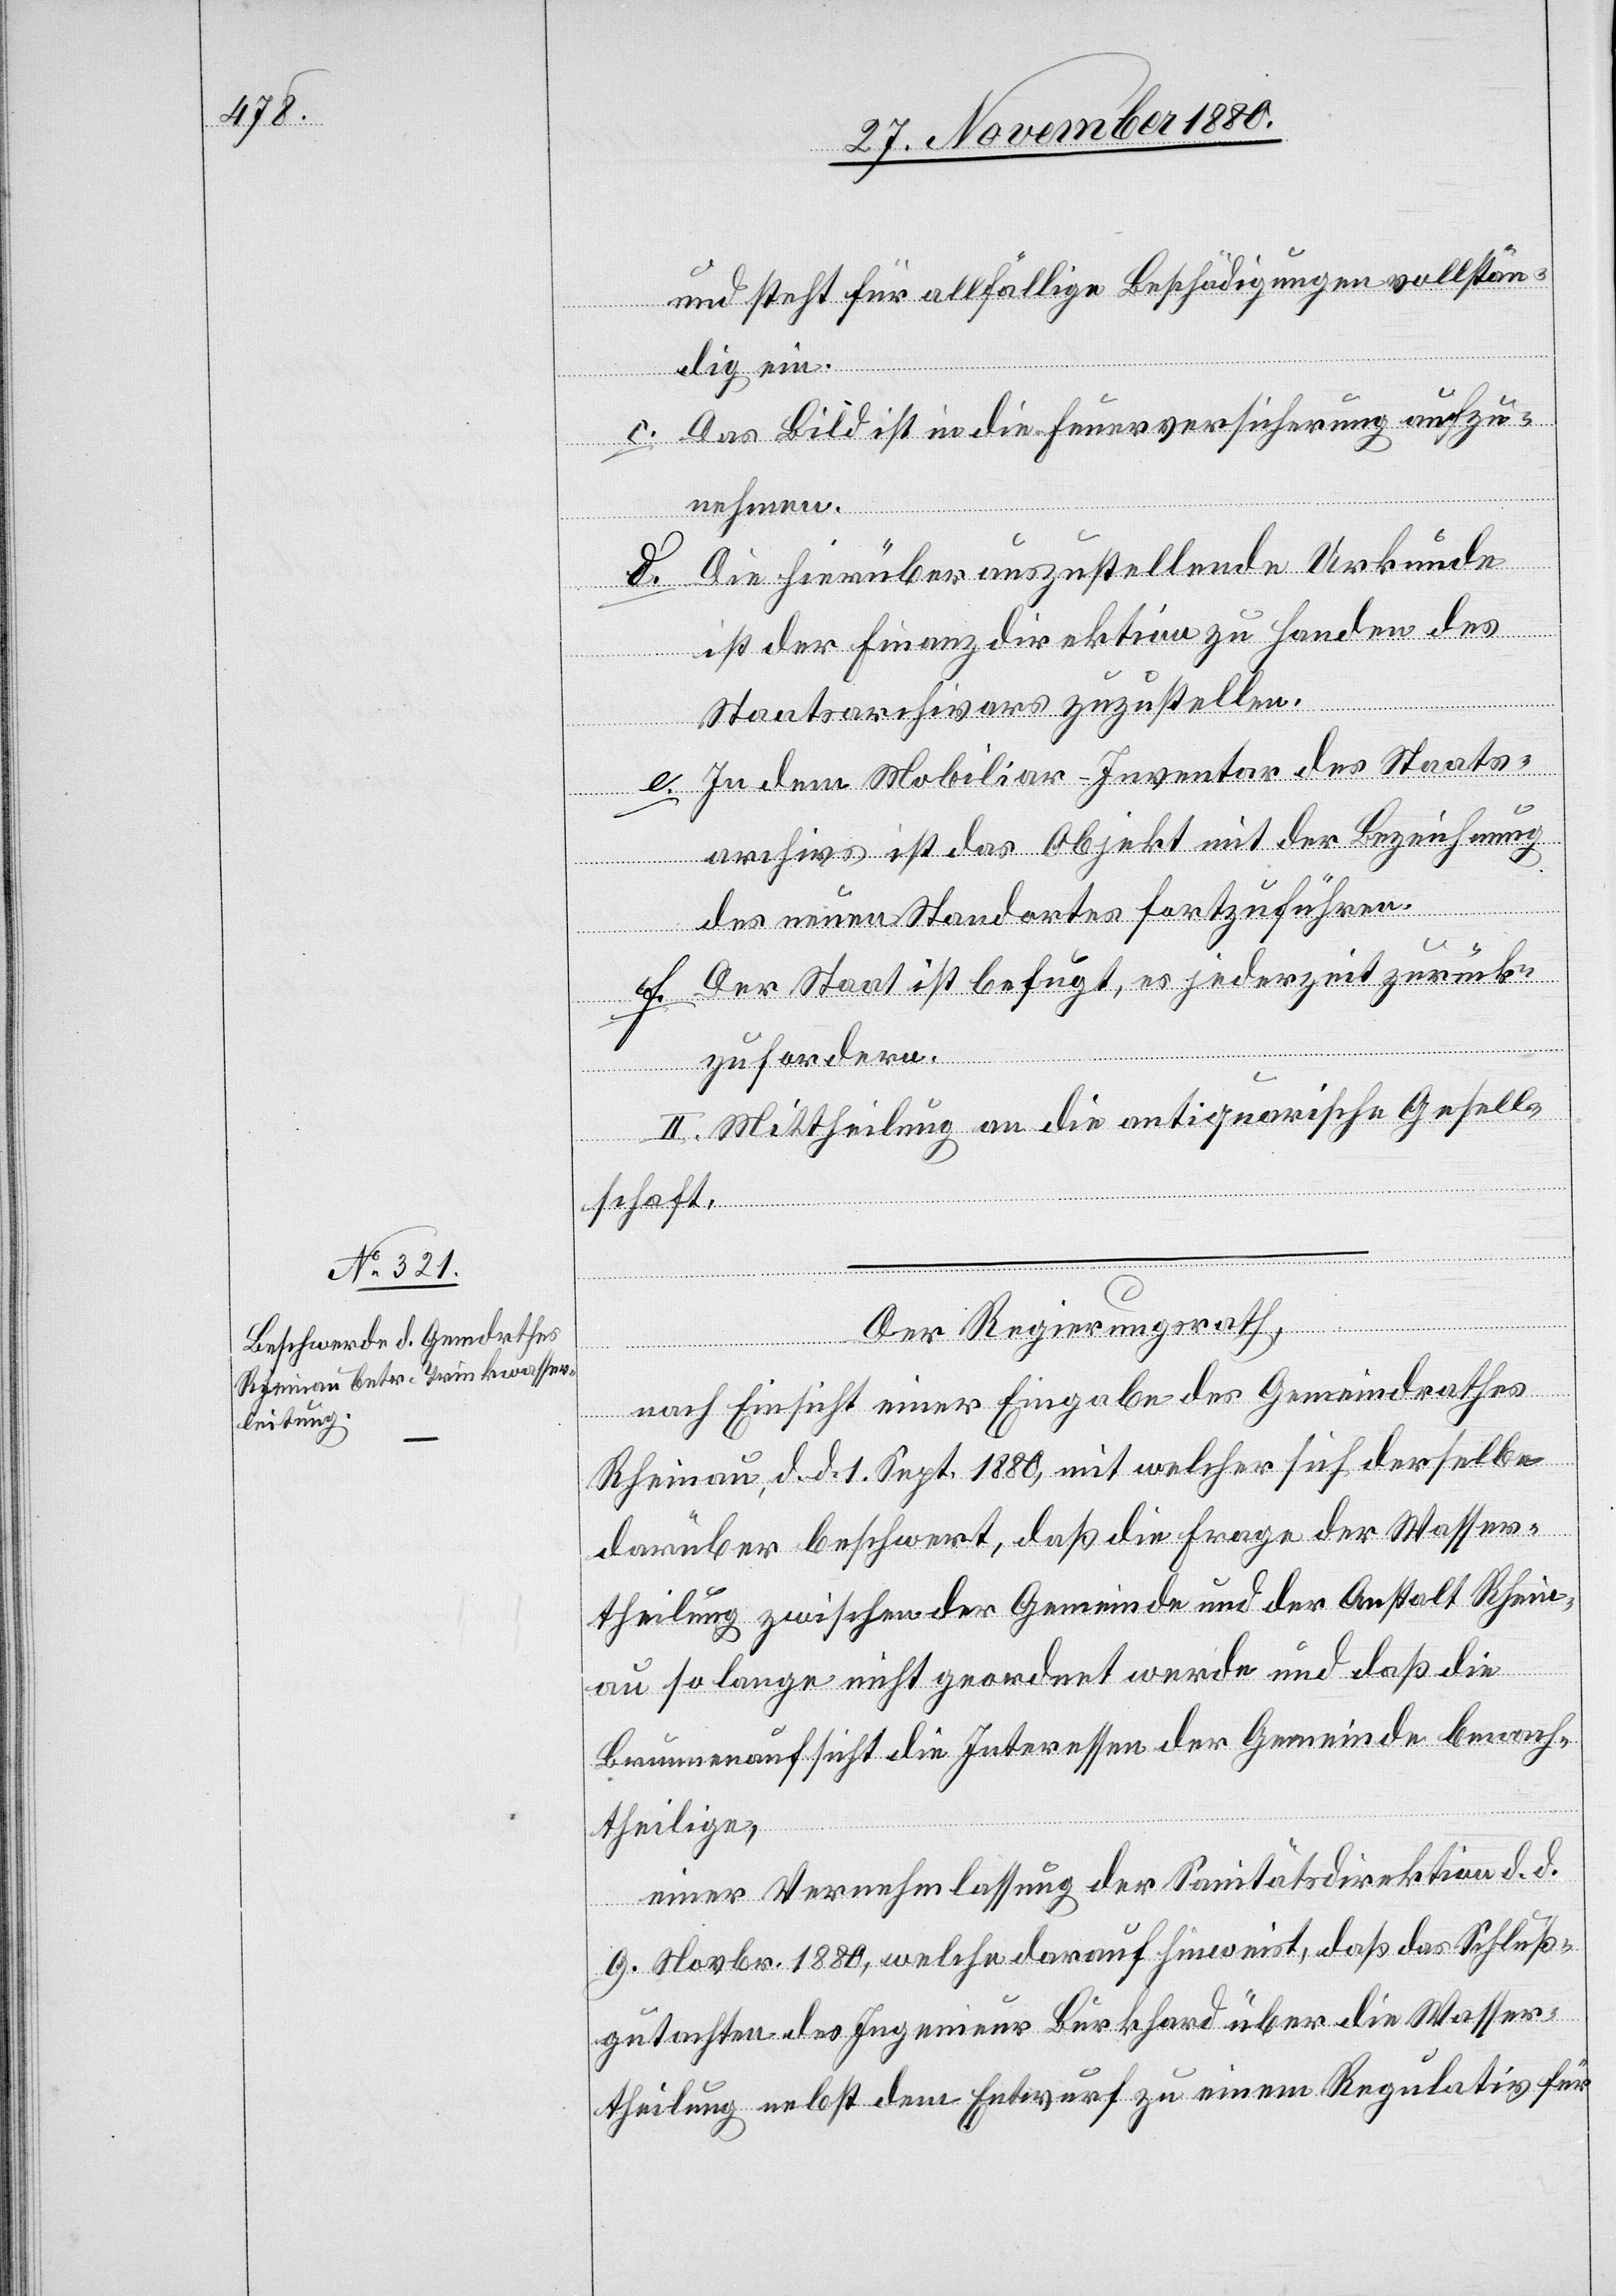
und steht für allfällige Beschädigungen vollstän¬
dig ein.
c. Das Bild ist in die Feuerversicherung aufzu¬
nehmen.
d. Die hierüber auszustellende Urkunde
ist der Finanzdirektion zu Handen des
Staatsarchivars zuzustellen.
e. In dem Mobiliar-Inventar des Staats¬
archivs ist das Objekt mit der Beziehung
des neuen Standortes fortzuführen.
f. Der Staat ist befugt, es jederzeit zurück¬
zufordern.
II. Mittheilung an die antiquarische Gesell¬
schaft.
Der Regierungsrath,
nach Einsicht einer Eingabe des Gemeindrathes
Rheinau, d. d. 1. Sept. 1880, mit welcher sich derselbe
darüber beschwert, daß die Frage der Wasser¬
theilung zwischen der Gemeinde und der Anstalt Rhein¬
au so lange nicht geordnet werde und daß die
Brunnenaufsicht die Interessen der Gemeinde benach¬
theilige,
einer Vernehmlassung der Sanitätsdirektion d. d.
9. Novbr. 1880, welche darauf hinweist, daß das Schluß¬
gutachten des Ingenieur Burkhard über die Wasser¬
theilung nebst dem Entwurf zu einem Regulativ für